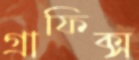
গ্রাফিক্স